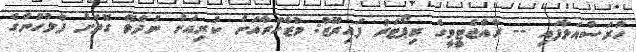
ހުރަސްއަޅާފައި -- ރާއްޖެޓީވީގެ ރިޕޯޓަރު ފައިރޫޒް: މުޒާހަރާއަށް ކުރިއަށް ނުދެވޭ ގޮތަށް ފުލުހުންގެ